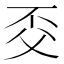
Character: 𠀱